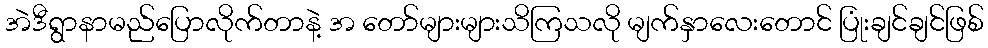
အဲဒီရွာနာမည်ပြောလိုက်တာနဲ့ အ တော်များများသိကြသလို မျက်နှာလေးတောင် ပြုံးချင်ချင်ဖြစ်